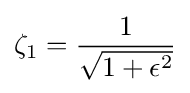
\zeta _{1}={\frac {1}{\sqrt {1+\epsilon ^{2}}}}